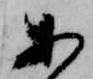
あ